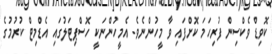
ކޮވިޑް ވެކްސިން ފުރިހަމަ ކޮށްފައި ވާ މީހުންނެވެ. އެމީހުންނަކީ ހޮސްޕިޓަލުގައި އެޑްމިޓް ކުރުމުގެ